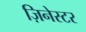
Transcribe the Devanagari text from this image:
ज़िनेस्टर